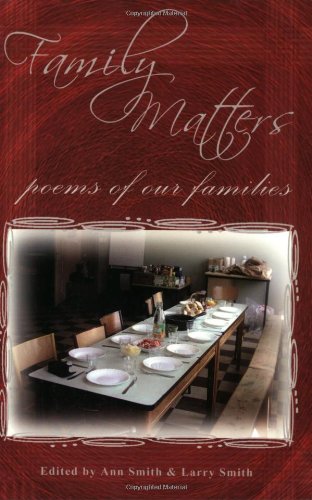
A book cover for Family Matters: Poems of Our Families (Harmony); Parenting & Relationships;